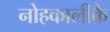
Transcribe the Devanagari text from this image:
नोहकालीकै